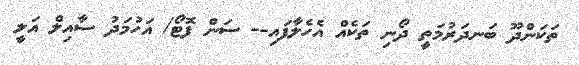
ތަކަންދޫ ބަނދަރުމަތީ ދޯނި ތަކެއް އެހެލާފައި-- ސަން ފޮޓޯ/ އަހުމަދު ސާއިލް އަލީ